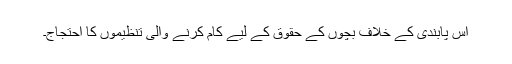
اس پابندی کے خلاف بچوں کے حقوق کے لیے کام کرنے والی تنظیموں کا احتجاج۔